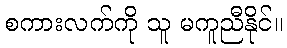
စကားလက်ကို သူ မကူညီနိုင်။